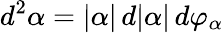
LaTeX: d^{2}\alpha=|\alpha|\, d|\alpha|\, d\varphi_{\alpha}